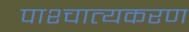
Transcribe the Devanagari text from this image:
पाश्चात्यकरण